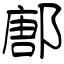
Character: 鄌